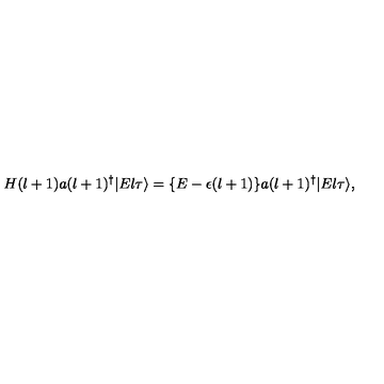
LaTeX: H ( l + 1 ) a ( l + 1 ) ^ { \dagger } | E l \tau \rangle = \{ E - \epsilon ( l + 1 ) \} a ( l + 1 ) ^ { \dagger } | E l \tau \rangle ,